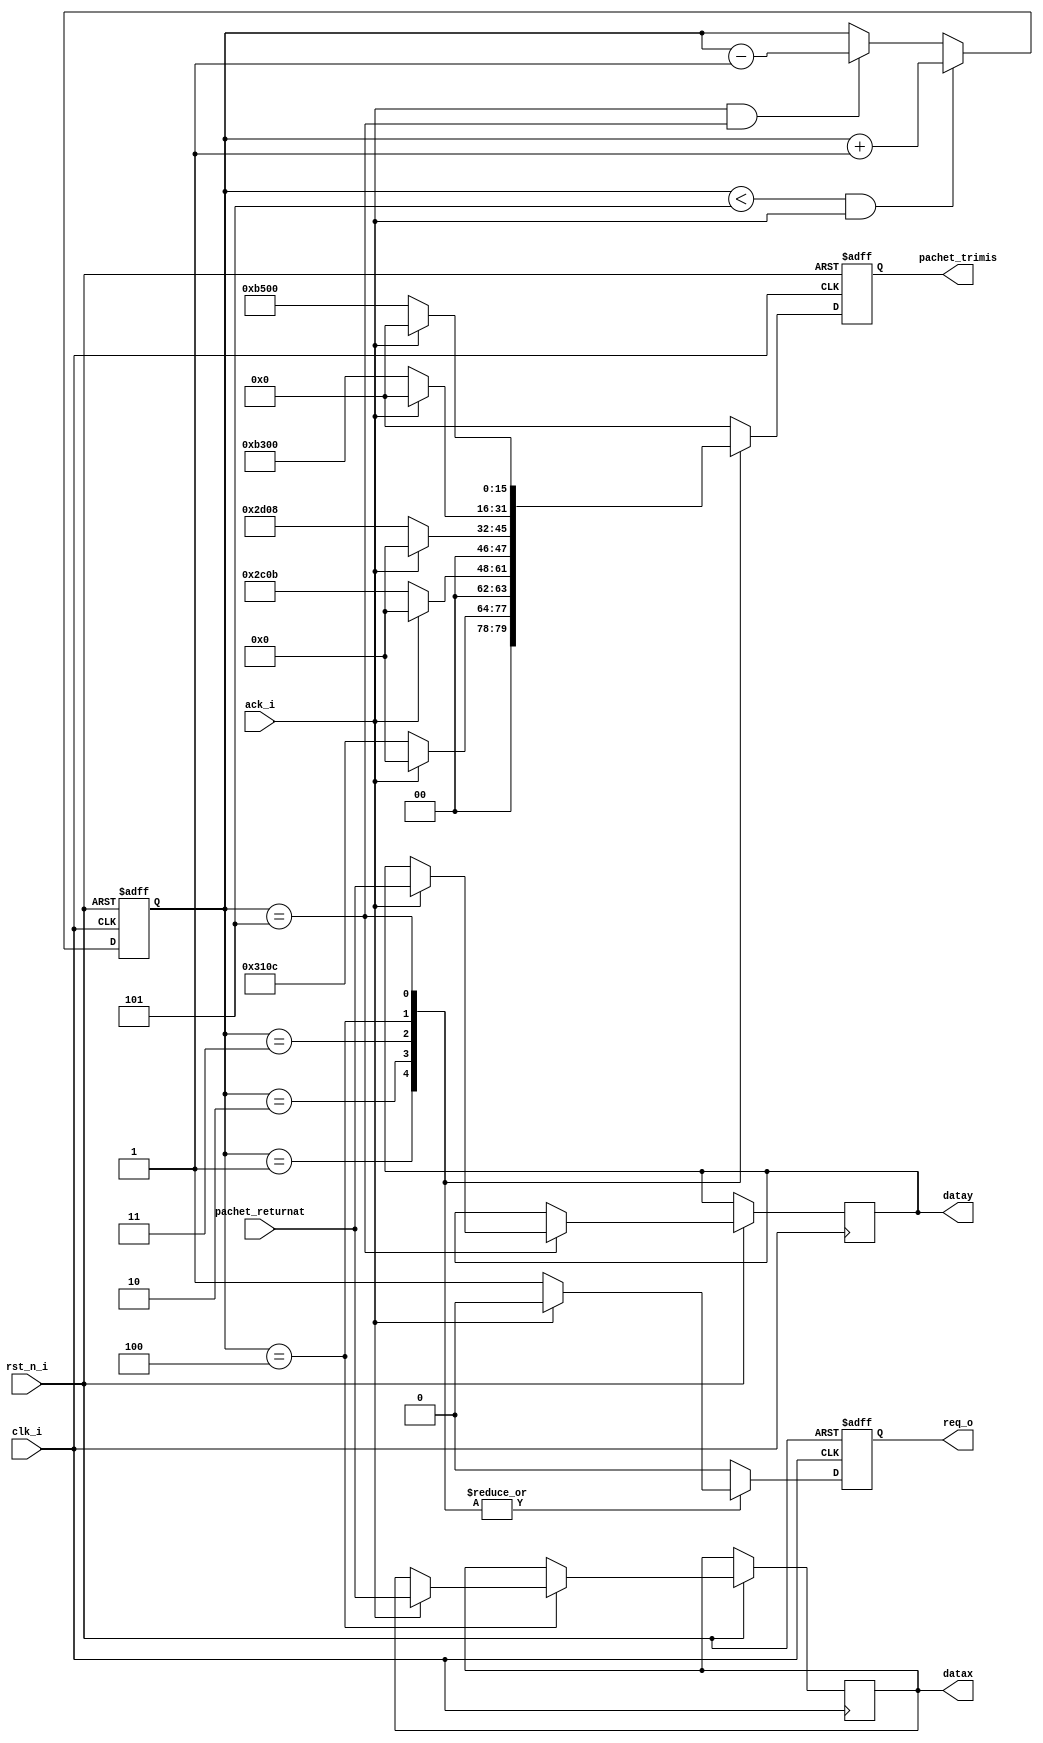
module secventiator(

input clk_i,
input rst_n_i,
input ack_i,  
output reg req_o, 
input [7:0] pachet_returnat,
output reg [7:0] datax,
output reg [7:0] datay,
output reg [15:0] pachet_trimis  
);


localparam BW_RATE_ADDR       =6'b10_1100;
localparam BW_RATE_VALUE      =8'b0000_1011;
localparam POWER_CTL_ADDR     =6'b10_1101;
localparam POWER_CTL_VALUE    =8'b0000_1000;
localparam DATAFORMAT_ADDR		=6'b11_0001; 
localparam DATAFORMAT_VALUE   =8'b0000_1100;
//localparam DATAFORMAT_VALUE =8'b0000_0000;
//localparam DEVID_READ       = 4'b0100;
localparam DEVID_ADDR			=6'b00_0000;
localparam MB				    	=1'b0; 
localparam WR					   =1'b0;
localparam ZERO               =8'b00000000;
localparam DATAX1_ADDR        =6'b11_0011;
localparam DATAY1_ADDR        =6'b11_0101;
reg [2:0]  counter;
localparam DATAFORMAT_WRITE   = 4'b0001;
localparam BW_RATE_WRITE      = 4'b0010;
localparam POWER_CTL_WRITE 	= 4'b0011;
localparam DATAX1_READ        = 4'b0100;
localparam DATAY1_READ        = 4'b0101;

always @(posedge clk_i or negedge rst_n_i)
begin
	if(~rst_n_i)
	begin
		pachet_trimis<=0;
		req_o <= 0;
		counter <=1;
	end 
	
	else begin

   if ((counter < 5) && ack_i)  counter<=counter+1; 
	else if (ack_i && (counter ==5)) counter<=counter-1;
	
	case(counter)
	
	DATAFORMAT_WRITE:
		if(~ack_i) 
		begin
			req_o <= 1;
			pachet_trimis<={WR,MB,DATAFORMAT_ADDR,DATAFORMAT_VALUE};
		end 
		else 
		begin
			pachet_trimis<=0;
			req_o<=0;
		end
	
	BW_RATE_WRITE:
		if(~ack_i) 
		begin
			req_o <= 1;
			pachet_trimis<={WR,MB,BW_RATE_ADDR, BW_RATE_VALUE};
		end 
		else 
		begin
			pachet_trimis<=0;
			req_o<=0;
		end
	
	POWER_CTL_WRITE:
		if(~ack_i) 
		begin
			req_o <= 1;
			pachet_trimis<={WR,MB,POWER_CTL_ADDR, POWER_CTL_VALUE};
		end 
		else 
		begin
			pachet_trimis<=0;
			req_o<=0;
		end
			 
	DATAX1_READ:
			begin
				if(~ack_i) 
				begin
					req_o <= 1;
					pachet_trimis<={(~WR),MB,DATAX1_ADDR,ZERO};					
				end 
				else 
				begin	
				   datax<=pachet_returnat;
					pachet_trimis<=0;
					req_o<=0;
				end
						
		   end
			
	DATAY1_READ:
			begin
				if(~ack_i) 
				begin
					req_o <= 1;
					pachet_trimis<={(~WR),MB,DATAY1_ADDR,ZERO};
				end 
				else 
				begin
					datay<=pachet_returnat;
					pachet_trimis<=0;
					req_o<=0;
				end 
			
			end

	default:
	begin
		req_o<=1'b0;
		pachet_trimis<=0;
	end
	endcase	
	end
	end




endmodule